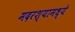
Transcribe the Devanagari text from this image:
मदरश्यामध्ये